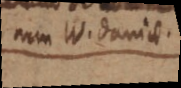
num IV. Daniae.